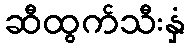
ဆီထွက်သီးနှံ